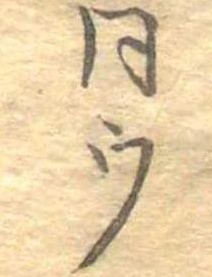
同ウ